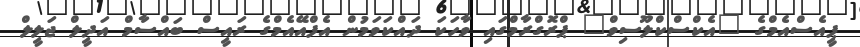
ޕީއެސްއެމްގެ "އެކްސްކްލޫސިވް" ޕްރޮގްރާމްގައި ވާހަކަ ދައްކަވަމުން އެފްއޭއެމްގެ ރައީސް ބައްސާމް އަދީލް ޖަލީލް